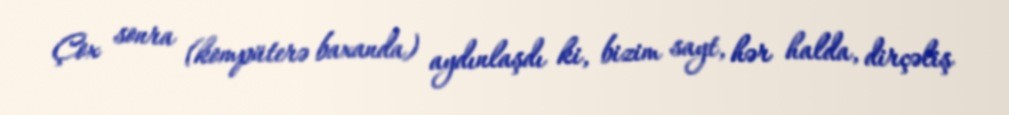
Çox sonra (kompüterə baxanda) aydınlaşdı ki, bizim sayt, hər halda, dirçəliş